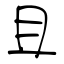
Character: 且